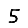
Digit: 5